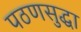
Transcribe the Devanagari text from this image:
पठणसुद्धा